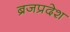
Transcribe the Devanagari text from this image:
ब्रजप्रदेश